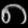
Digit: ၈